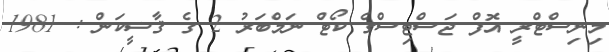
މިނިސްޓްރީ އޮފް ޖަސްޓިސްގެ ކޯޓް ނަމްބަރު 2 ގެ ޤާޟީކަން : 1981